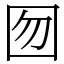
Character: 囫